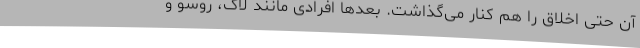
آن حتی اخلاق را هم کنار می‌گذاشت. بعدها افرادی مانند لاک، روسو و